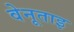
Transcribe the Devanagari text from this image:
वेनूताइ